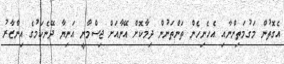
އެގޮތުން މަގުމަތިންނާއި އެހެނިހެން ތަންތަނުން ދިމާކޮށް އޭނާއަށް ޖިސްމާނީ އަނިޔާ ދޭނެކަމުގެ އިންޒާރު